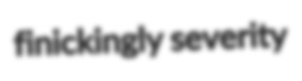
finickingly severity